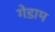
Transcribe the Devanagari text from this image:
गेडाम